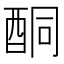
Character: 酮